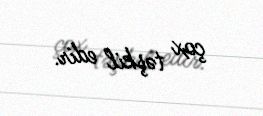
çox təşkil edir.